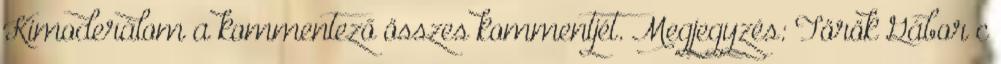
Kimoderálom a kommentező összes kommentjét. Megjegyzés: Török Gábor c